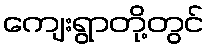
ကျေးရွာတို့တွင်